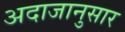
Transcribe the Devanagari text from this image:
अदाजानुसार